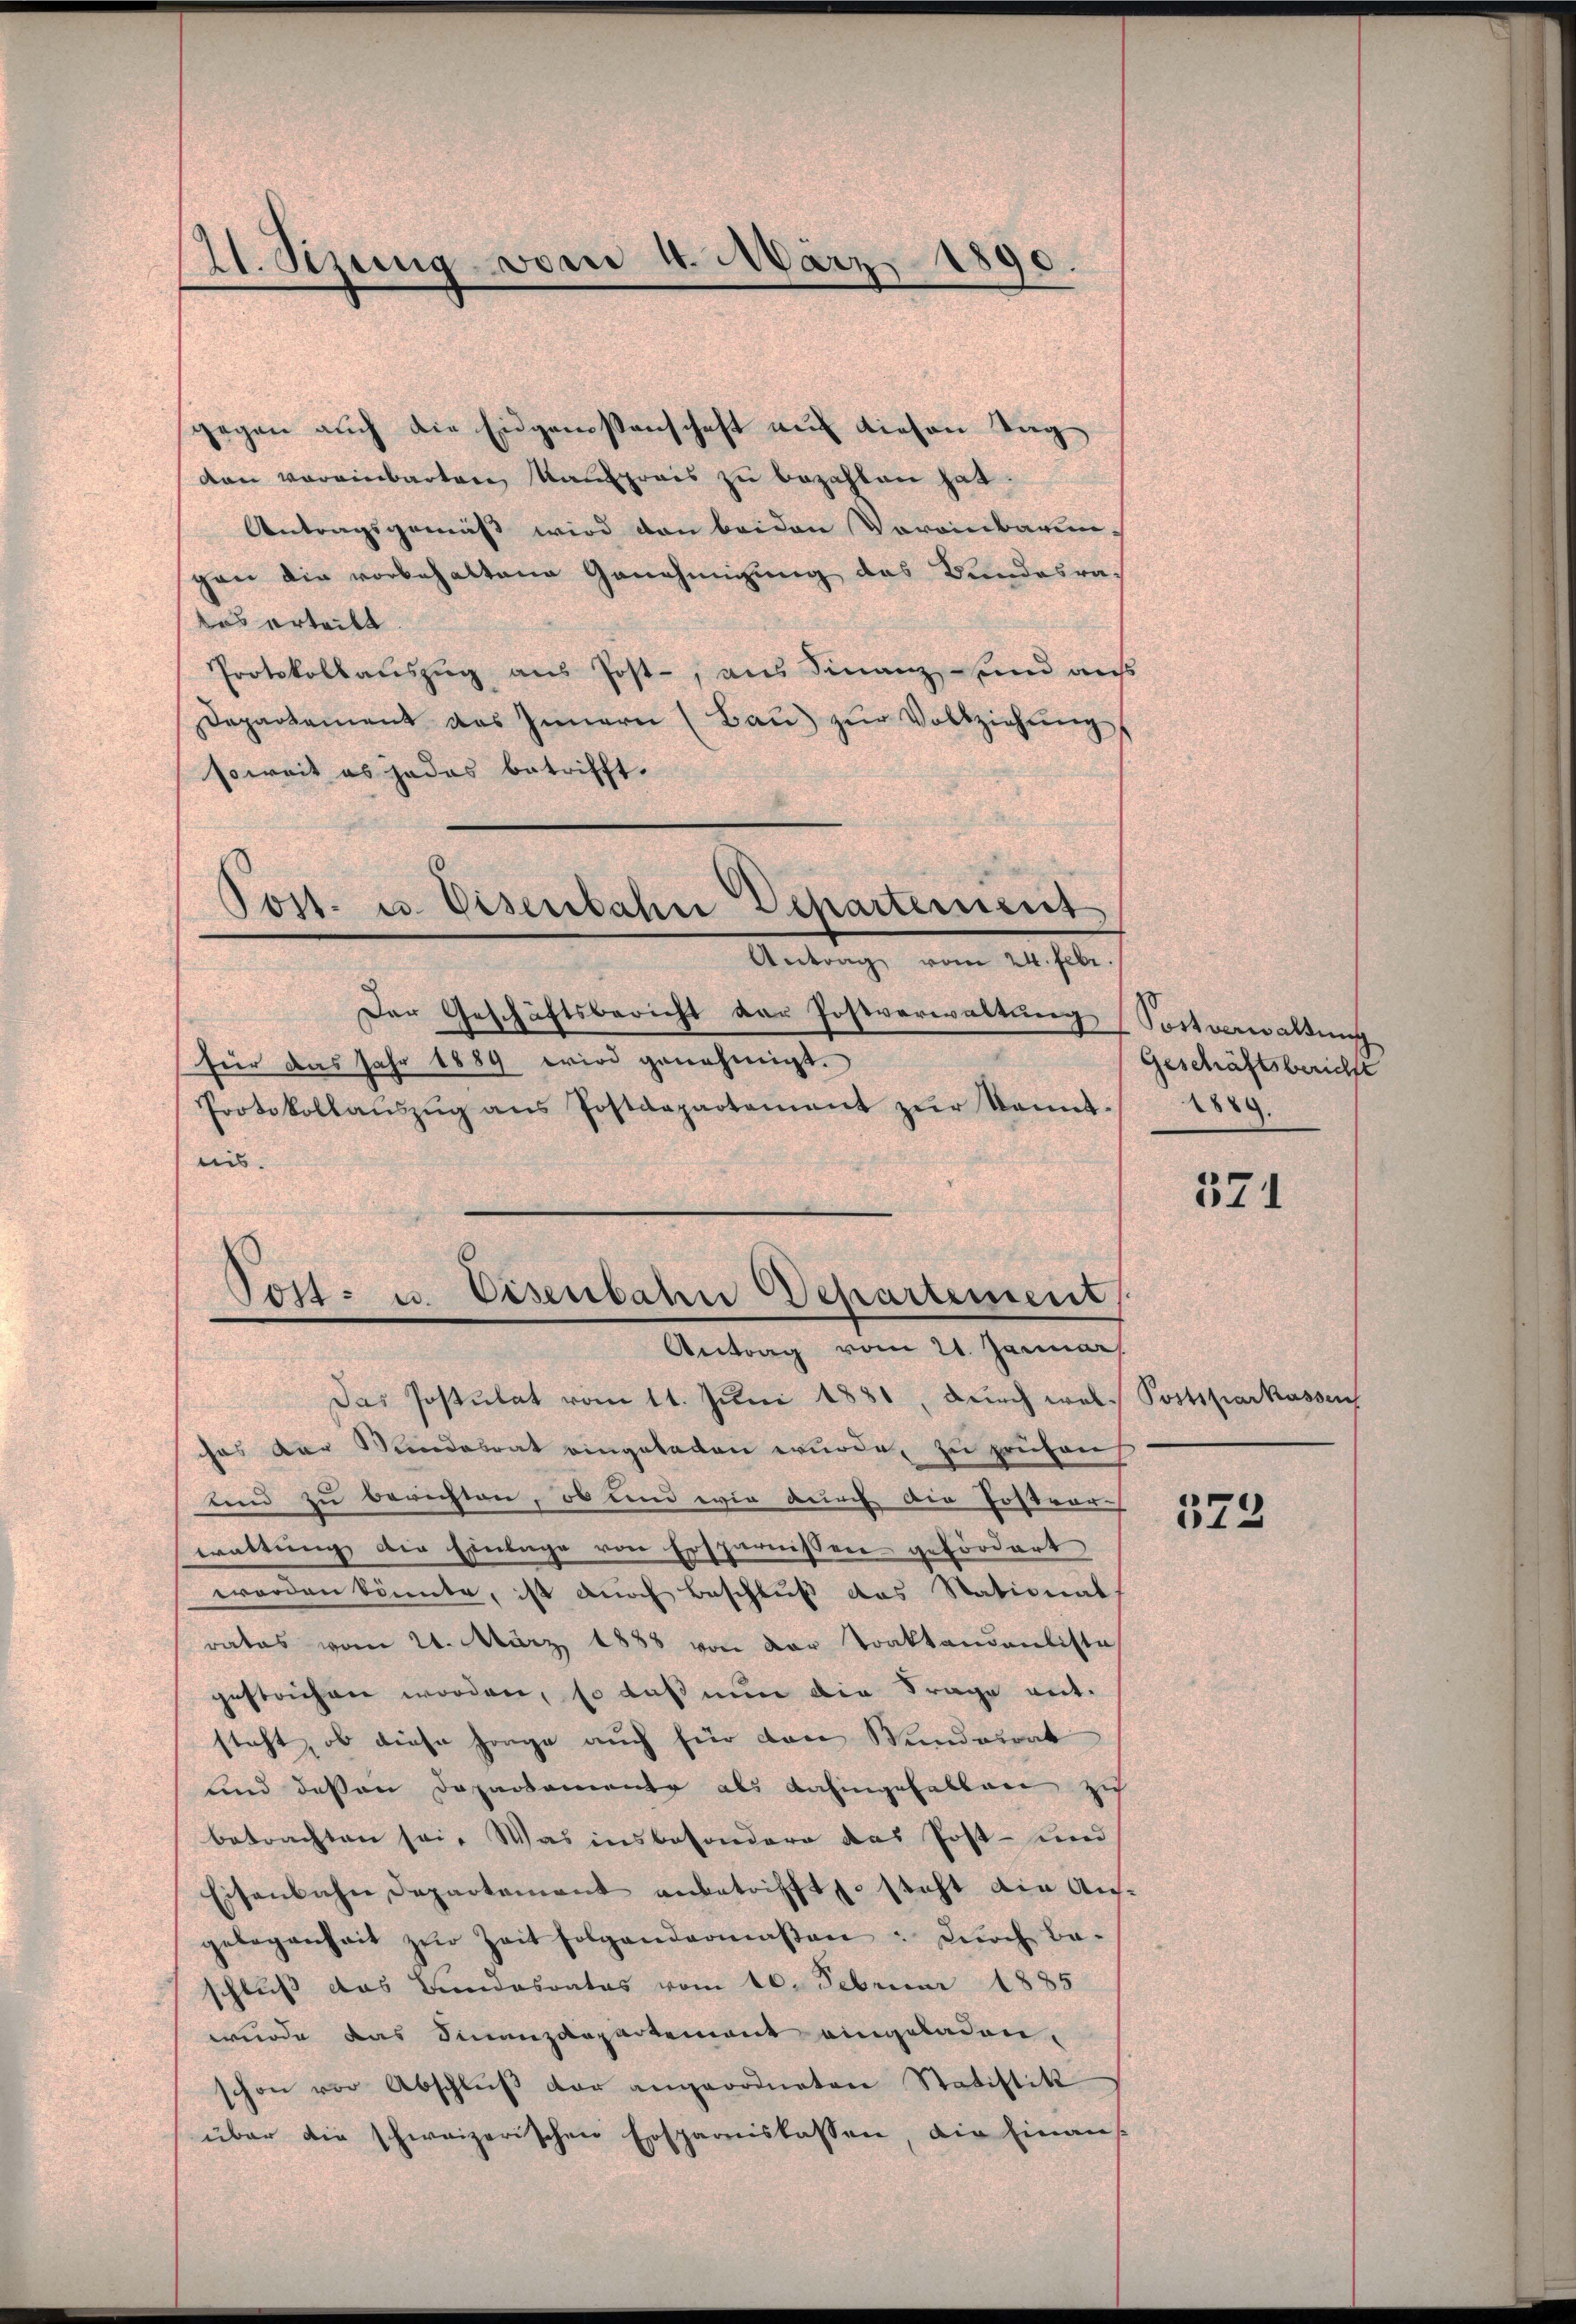
0
11. Sezung vom 4. März
e
.

gegen auch die Eidgenossenschaft auf diesen Tag
5
den vereinbarten Kaufpreis zu bezahlen hat
Antragsgemäss wird von beiden Voreinbarungan die vorbehaltene Genehmigung des Bundesra-
tas erteilt
Protokollauszug aus Post-, aus Finanz und aus
Departement das Innern (Baŭ zŭr Vollziehŭngs
soweit es jedes betrifft.
Post. u. Eisenbahn Departement

Der Geschäftsbericht der Postverwaltung (Sostverwaltung
für das Jahr 1889 wird genehmigt.
Protokollaŭszŭg ans Postdepartement zŭr kannt-
nis.
Das Postulat vom 11. Juni 1881, durch wel-Postsparkassen
chas der Bundesrat eingeladen wurde, zu prüfen
lind zu berichten, ob und wie durch die Postver-
wattung die Einlage von Ersparnissen gefördert
worden könnte, ist durch Beschluß das Stational
rates vom 24. März 1888 von der Traktandenliste
gestochen worden, so daß nun die Frage entsteht, ob diese Frage auch für den Wundesrat
und dessen Departemente als dahingefallen zu
betrachten sei. Was insbesondere das Post- und
Eisenbahn Departement anbetrifft steht ain Ausgelegenheit zŭr Zeit folgendermaβen : Dŭrch Ba-
schluß das Bundesrates vom 16. Februar 1885
wurde das Finanzdepartement eingeladen,
schon vor Abschlŭβ der angeordneten Statistik
über die schweizerischen Ersparnislassen, die hinaus

Antrag vom 24. Febr.

Post- u. Eisenbahn Departement
Antrag vom 21. Januar

Geschäftsberichtt
2889.

571

373